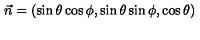
\vec { n } = ( \sin \theta \cos \phi , \sin \theta \sin \phi , \cos \theta )